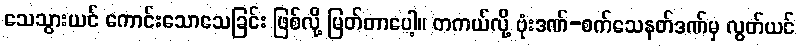
သေသွားယင် ကောင်းသောသေခြင်း ဖြစ်လို့ မြတ်တာပေါ့။ တကယ်လို့ ဗုံးဒဏ်-စက်သေနတ်ဒဏ်မှ လွတ်ယင်